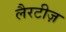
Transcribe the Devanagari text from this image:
लैरटीज़